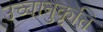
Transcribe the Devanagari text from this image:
उच्चानुकृति